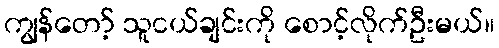
ကျွန်တော့် သူငယ်ချင်းကို စောင့်လိုက်ဦးမယ်။